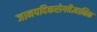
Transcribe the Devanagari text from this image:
जानपदिकरोगवैज्ञानिक